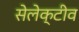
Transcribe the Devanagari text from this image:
सेलेक्टीव